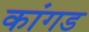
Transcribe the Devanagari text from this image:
कांगड